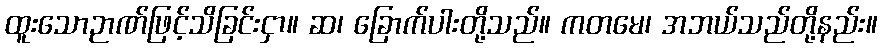
ထူးသောဉာဏ်ဖြင့်သိခြင်းငှာ။ ဆ၊ ခြောက်ပါးတို့သည်။ ကတမေ၊ အဘယ်သည်တို့နည်း။